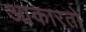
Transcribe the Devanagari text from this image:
आकारतो